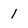
Character: 1